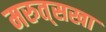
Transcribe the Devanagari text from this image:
मरुत्‌सखा